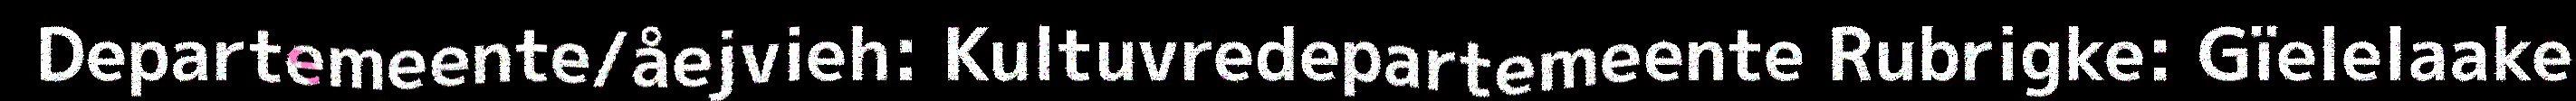
Departemeente/åejvieh: Kultuvredepartemeente Rubrigke: Gïelelaake